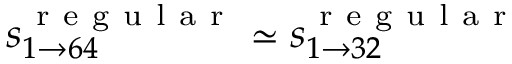
s _ { 1 \rightarrow 6 4 } ^ { \mathrm { ~ r ~ e ~ g ~ u ~ l ~ a ~ r ~ } } \simeq s _ { 1 \rightarrow 3 2 } ^ { \mathrm { ~ r ~ e ~ g ~ u ~ l ~ a ~ r ~ } }